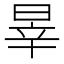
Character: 𣇛